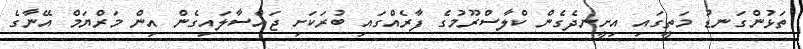
ތަޅުންގަނޑު މަތީގައި އިށީނދެގެން ކްލާސްރޫމުގެ ފާރެއްގައި ބުރަކަށި ޖައްސާލައިގެން އިން މަރްޔަމް އޭނާގެ